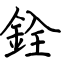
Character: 銓